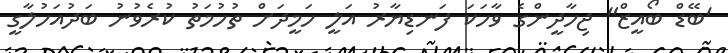
'ބޭޑް ބޯއީޒް" ޖިހާދީންގެ ވާހަކަ ފަނޑިޔާރު އަލީ ހަމީދަށް ތުހުމަތު ކުރެވުނު ބަދުއަހުލާގީ